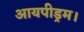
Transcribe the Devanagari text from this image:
आयपीड्रम।